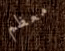
معظم